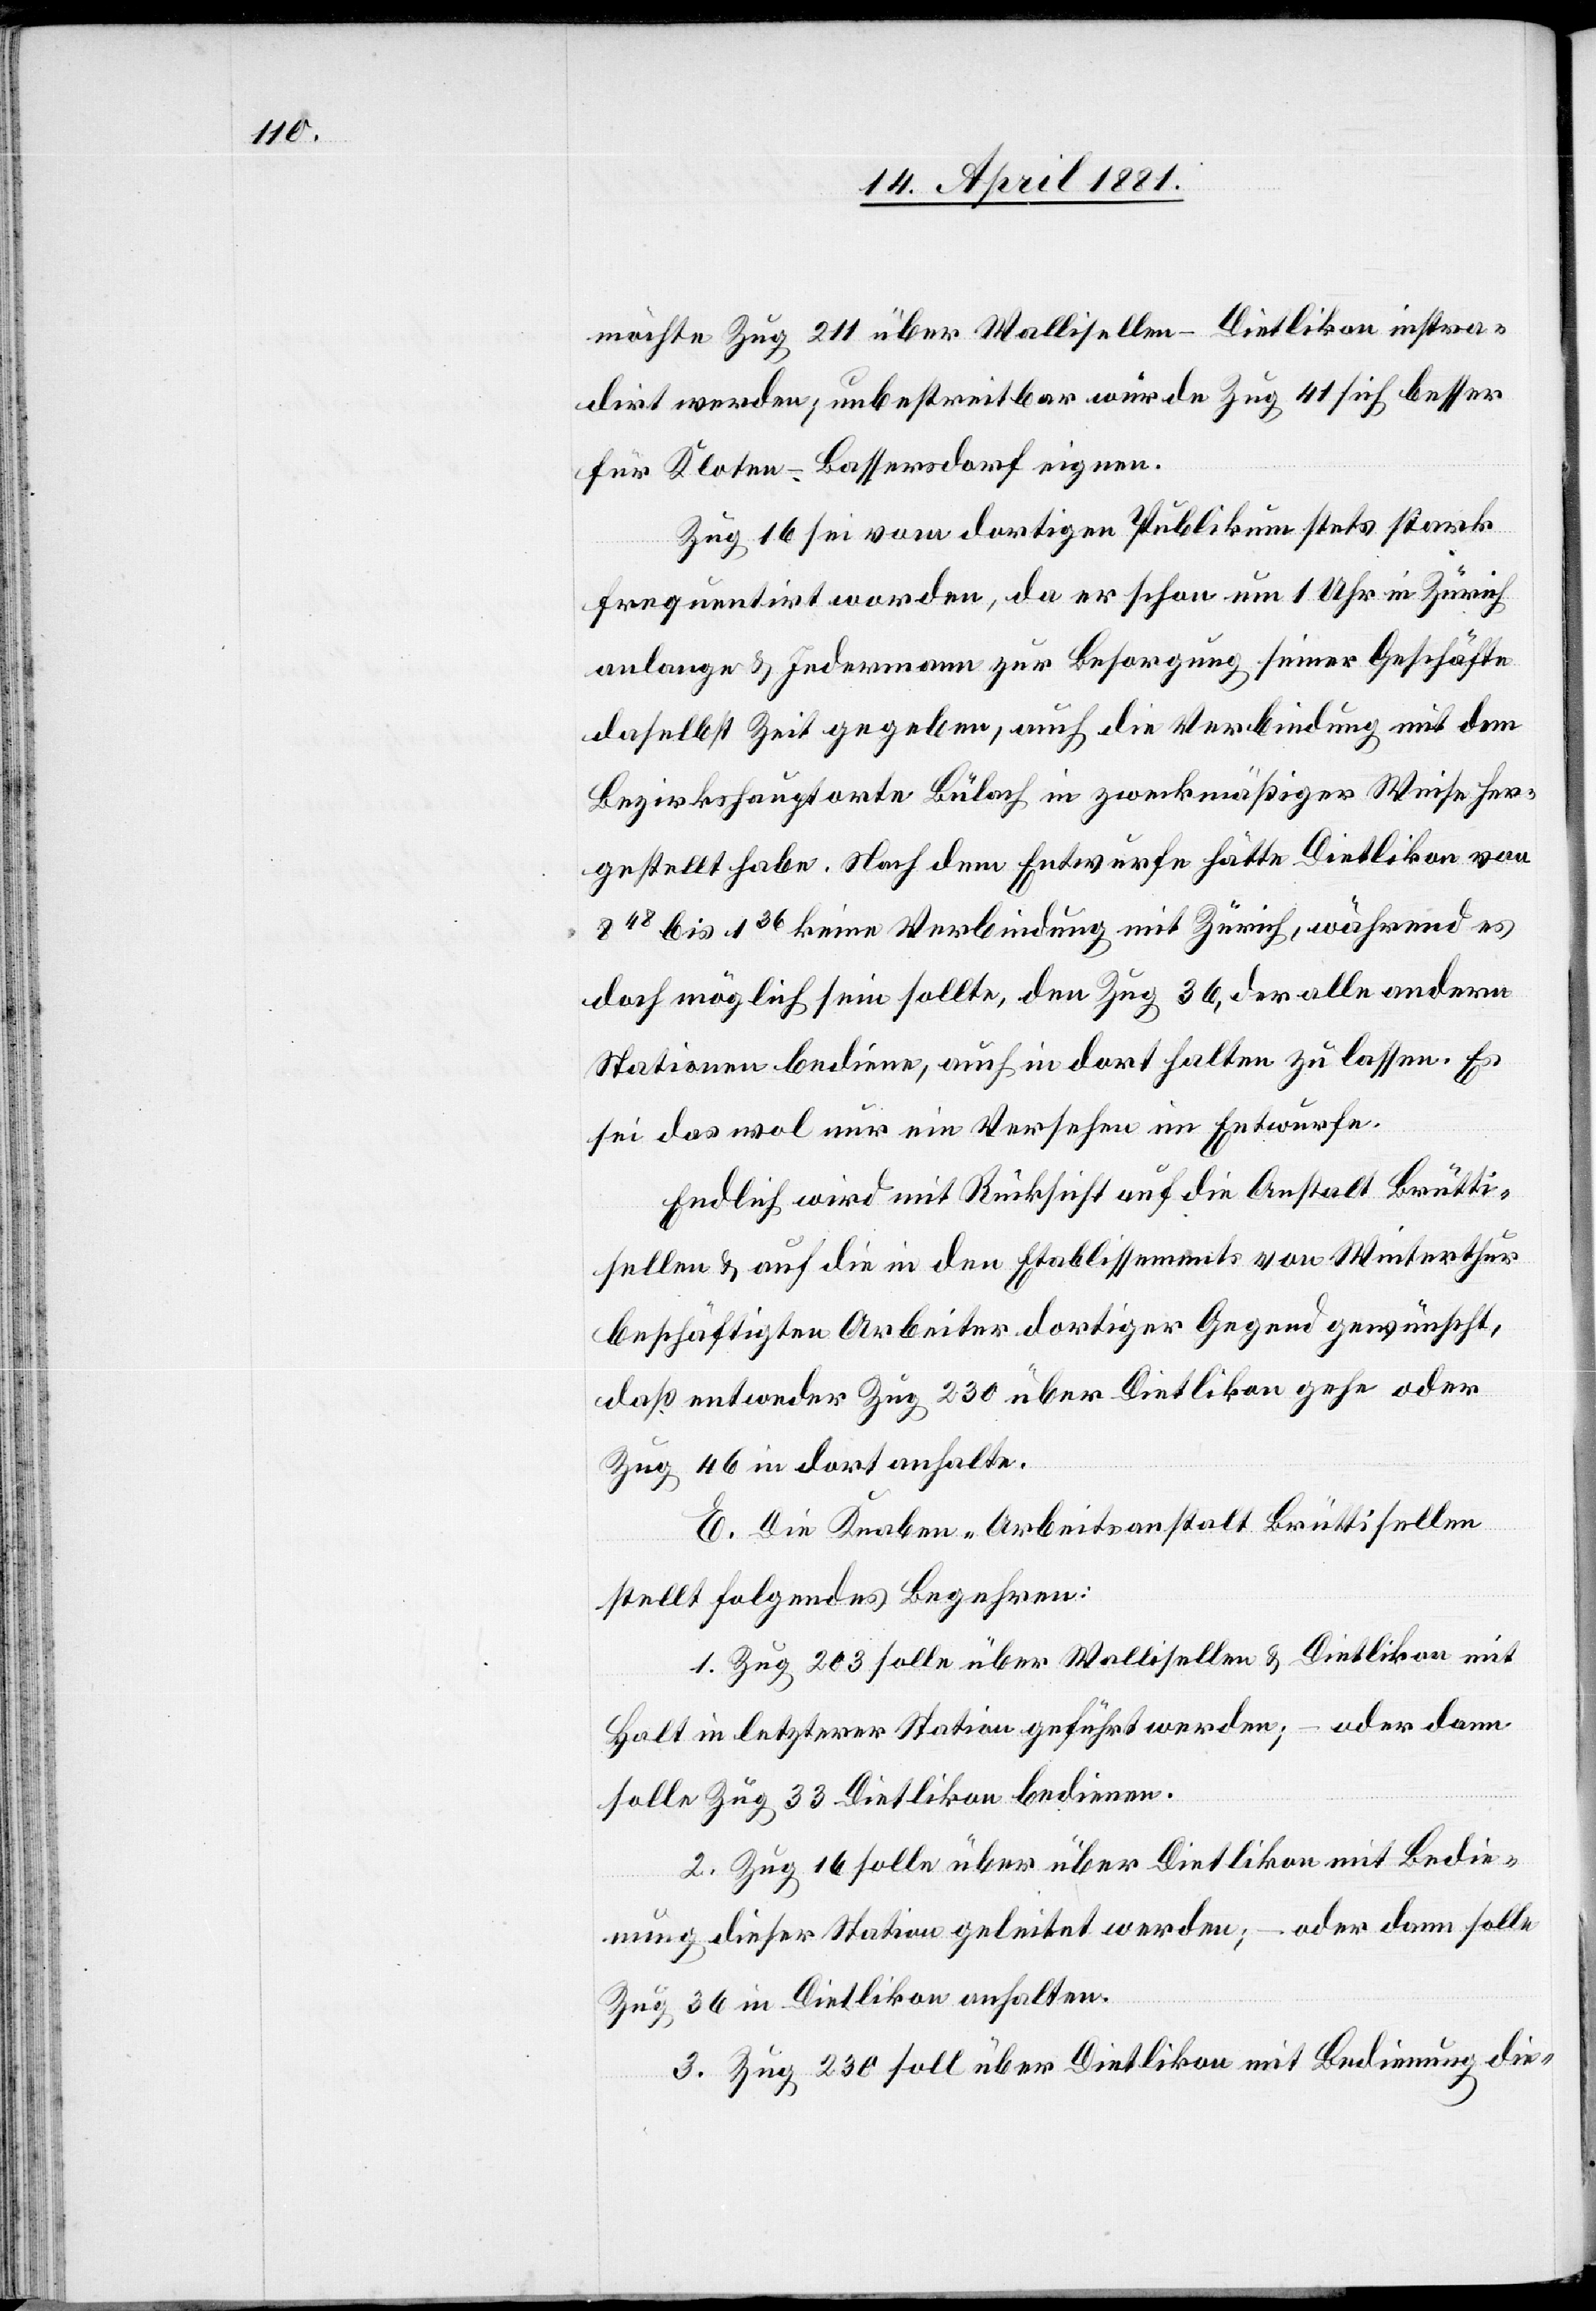
möchte Zug 211 über Wallisellen-Dietlikon instra¬
dirt werden; unbestreitbar würde Zug 41 sich besser
für Kloten-Bassersdorf eignen.
Zug 16 sei vom dortigen Publikum stets stark
frequentirt worden, da er schon um 1 Uhr in Zürich
anlange & jedermann zur Besorgung seiner Geschäfte
daselbst Zeit gegeben, auch die Verbindung mit dem
Bezirkshauptorte Bülach in zweckmäßiger Weise her¬
gestellt habe. Nach dem Entwurfe hätte Dietlikon von
848 bis 136 keine Verbindung mit Zürich, während es
dort möglich sein sollte, den Zug 36, der alle andern
Stationen bediene, auch in dort halten zu lassen. Es
sei das wol nur ein Versehen im Entwurfe.
Endlich wird mit Rücksicht auf die Anstalt Brütti¬
sellen & auf die in den Etablissements von Winterthur
beschäftigten Arbeiter dortiger Gegend gewünscht,
daß entweder Zug 230 über Dietlikon gehe oder
Zug 46 in dort anhalte.
E. Die Knaben-Arbeitsanstalt Brüttisellen
stellt folgendes Begehren:
1. Zug 203 solle über Wallisellen & Dietlikon mit
Halt in letzterer Station geführt werden; – oder dann
solle Zug 33 Dietlikon bedienen.
2. Zug 16 solle über über [sic!] Dietlikon mit Bedie¬
nung dieser Station geleitet werden; – oder dann solle
Zug 36 in Dietlikon anhalten.
3. Zug 230 soll über Dietlikon mit Bedienung die-